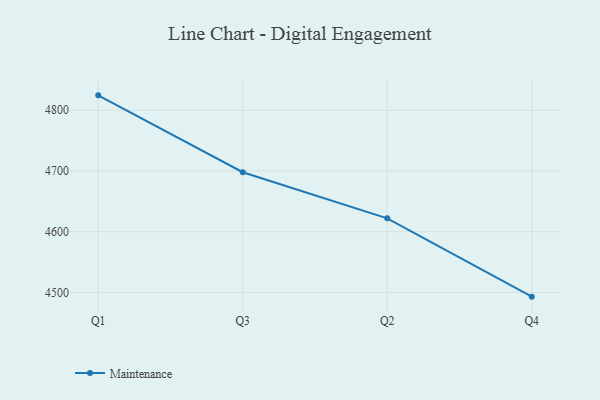
{"axis": {"x": "Quarter", "y": "Gross Profit (USD K)"}, "legend": ["Maintenance"], "data": [{"x": "Q1", "y": 4824.5, "type": "Maintenance"}, {"x": "Q3", "y": 4697.9, "type": "Maintenance"}, {"x": "Q2", "y": 4622.0, "type": "Maintenance"}, {"x": "Q4", "y": 4493.0, "type": "Maintenance"}]}